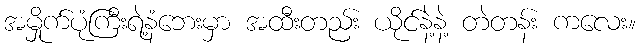
အမှိုက်ပုံကြီးရဲ့နံဘေးမှာ အထီးတည်း ယိုင်နဲ့နဲ့ တဲတန်း ကလေး။